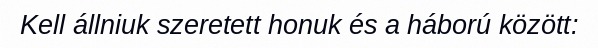
Kell állniuk szeretett honuk és a háború között: